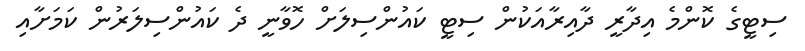
ސިޓީގެ ކޮންމެ އިދާރީ ދާއިރާއަކުން ސިޓީ ކައުންސިލަށް ހޮވާނީ ދެ ކައުންސިލަރުން ކަމަށާއި